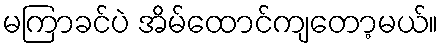
မကြာခင်ပဲ အိမ်ထောင်ကျတော့မယ်။